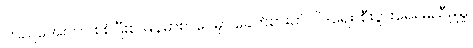
ကြည်အေးဟာ စစ်ပြီးစ မြန်မာစာပေမှာ ခေတ်စားတဲ့ ဝါဒရေး၊ စီးပွားရေး မညီမျှမှု၊